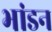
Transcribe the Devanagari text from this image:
भांडन